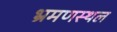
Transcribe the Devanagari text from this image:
भ्रमणस्‍थल